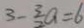
3 - \frac { 3 } { 2 } a = 6